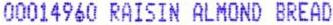
00014960 RAISIN ALMOND BREAD